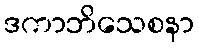
ဒကာဘိသေစနာ